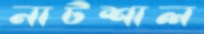
নাটশাল